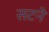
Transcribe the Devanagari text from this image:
सटने